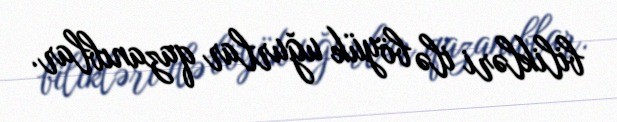
bilikləri ilə böyük uğurlar qazanıblar.